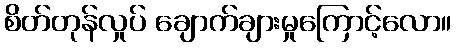
စိတ်တုန်လှုပ် ချောက်ချားမှုကြောင့်လော။